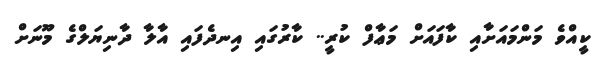
ކީއްވެ މަންމައަށާއި ކާފައަށް މަޢާފް ކުރީ.. ކާރުގައި އިނދެފައި އާލާ ދާނިޔަލްގެ މޫނަށް